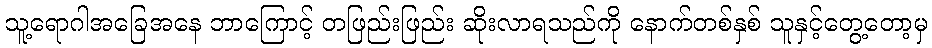
သူ့ရောဂါအခြေအနေ ဘာကြောင့် တဖြည်းဖြည်း ဆိုးလာရသည်ကို နောက်တစ်နှစ် သူနှင့်တွေ့တော့မှ